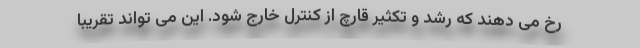
رخ می دهند که رشد و تکثیر قارچ از کنترل خارج شود. این می تواند تقریبا